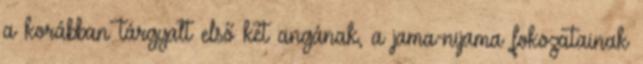
a korábban tárgyalt első két angának, a jama-nijama fokozatainak